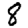
Digit: 8